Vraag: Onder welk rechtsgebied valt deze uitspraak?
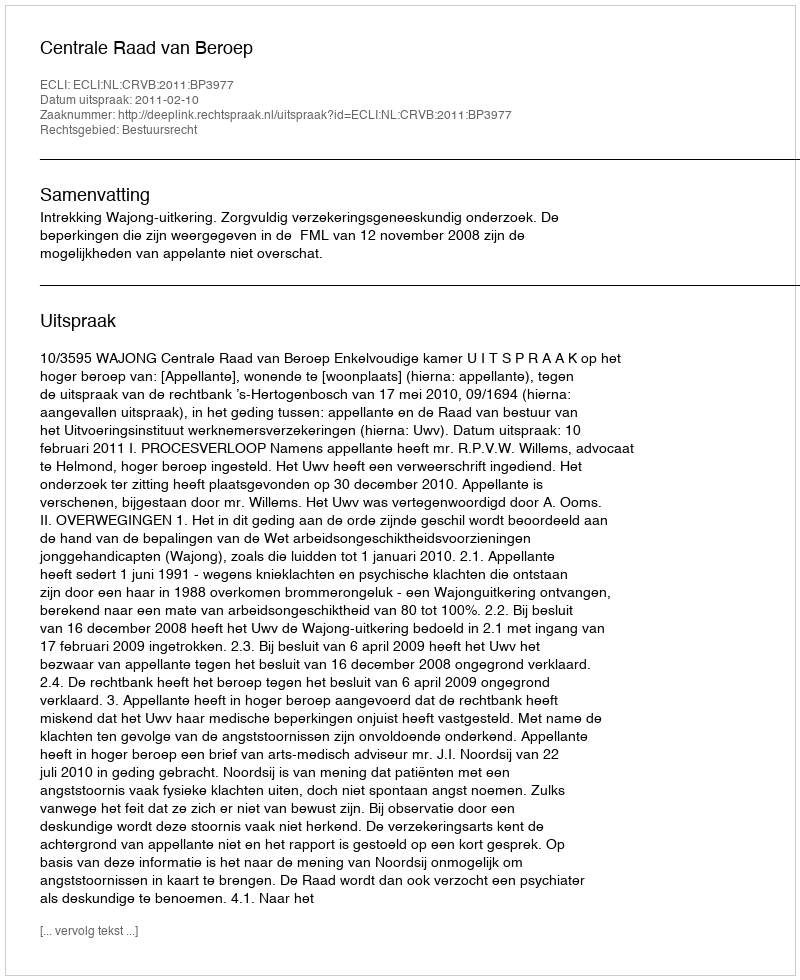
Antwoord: Bestuursrecht